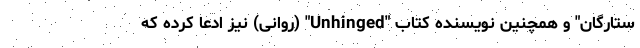
ستارگان" و همچنین نویسنده کتاب "Unhinged" (روانی) نیز ادعا کرده که